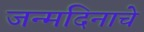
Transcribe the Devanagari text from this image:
जन्‍मदिनाचे